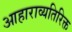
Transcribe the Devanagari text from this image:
आहाराव्यतिरिक्त